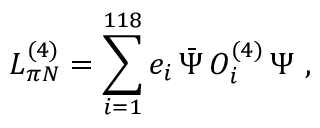
{ \cal L } _ { \pi N } ^ { ( 4 ) } = \sum _ { i = 1 } ^ { 1 1 8 } e _ { i } \, \bar { \Psi } \, O _ { i } ^ { ( 4 ) } \, \Psi ~ ,